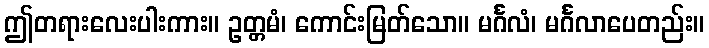
ဤတရားလေးပါးကား။ ဥတ္တမံ၊ ကောင်းမြတ်သော။ မင်္ဂလံ၊ မင်္ဂလာပေတည်း။